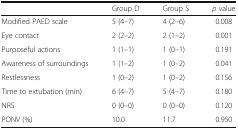
|  | Group D | Group S | p value |
 | --- | --- | --- | --- |
 | Modified PAED scale | 5 (4–7) | 4 (2–6) | 0.008 |
 | Eye contact | 2 (2–2) | 2 (1–2) | 0.001 |
 | Purposeful actions | 1 (1–1) | 1 (0–1) | 0.191 |
 | Awareness of surroundings | 1 (1–2) | 1 (0–2) | 0.041 |
 | Restlessness | 1 (0–2) | 1 (0–2) | 0.156 |
 | Time to extubation (min) | 6 (4–7) | 5 (4–7) | 0.180 |
 | NRS | 0 (0–0) | 0 (0–0) | 0.120 |
 | PONV (%) | 10.0 | 11.7 | 0.950 |